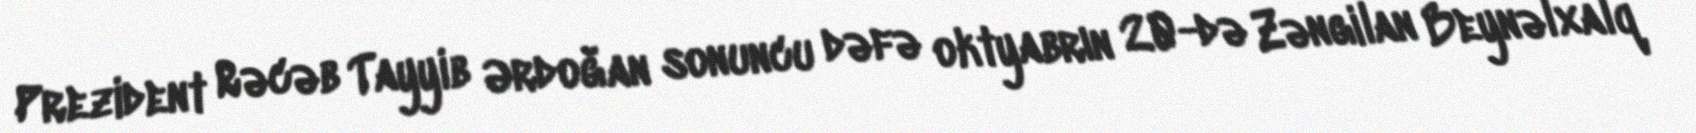
Prezident Rəcəb Tayyib Ərdoğan sonuncu dəfə oktyabrın 20-də Zəngilan Beynəlxalq